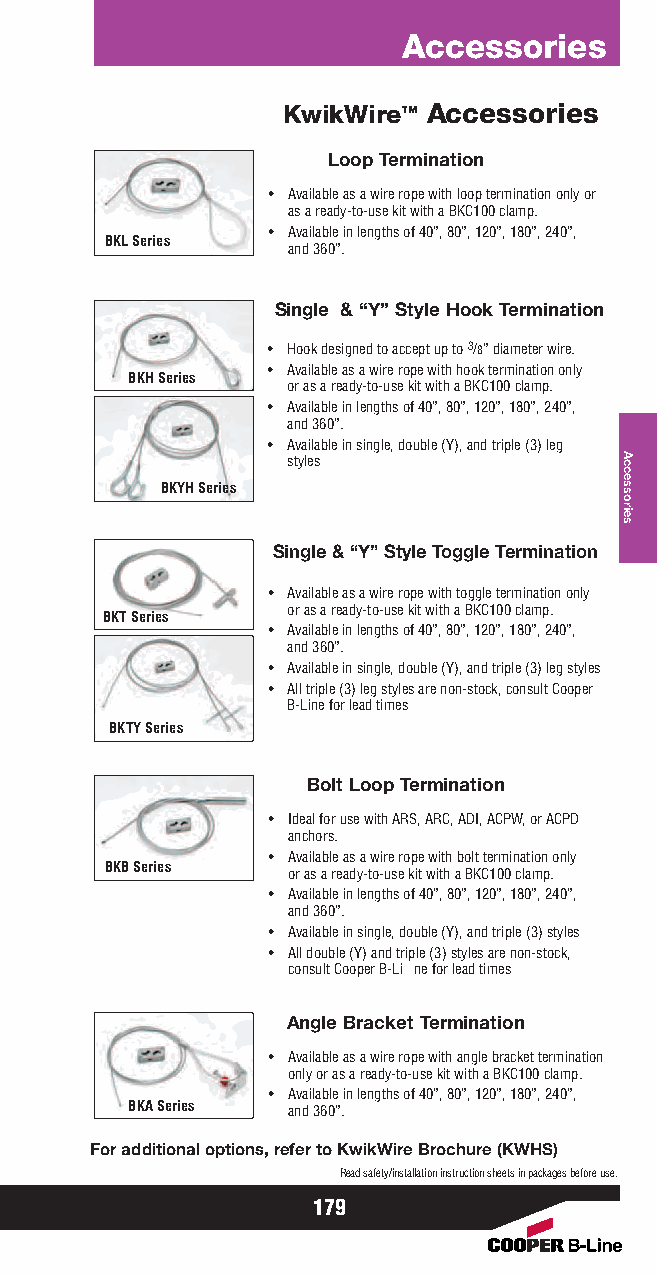
Accessories
 KwikWire™ Accessories
 Loop Termination
 • Available as a wire rope with loop termination only or
 as a ready-to-use kit with a BKC100 clamp.
 • Available in lengths of 40”, 80”, 120”, 180”, 240”,
 BKL Series
 and 360”.
 Single & “Y” Style Hook Termination
 • Hook designed to accept up to 3/8” diameter wire.
 • Available as a wire rope with hook termination only
 BKH Series
 or as a ready-to-use kit with a BKC100 clamp.
 • Available in lengths of 40”, 80”, 120”, 180”, 240”,
 and 360”.
 • Available in single, double (Y), and triple (3) leg
 styles
 BKYH Series
 Single & “Y”Style Toggle Termination
 • Available as a wire rope with toggle termination only
 or as a ready-to-use kit with a BKC100 clamp.
 BKT Series
 • Available in lengths of 40”, 80”, 120”, 180”, 240”,
 and 360”.
 • Available in single, double (Y), and triple (3) leg styles
 • All triple (3) leg styles are non-stock, consult Cooper
 B-Line for lead times
 BKTY Series
 Bolt Loop Termination
 • Ideal for use with ARS, ARC, ADI, ACPW, or ACPD
 anchors.
 • Available as a wire rope with bolt termination only
 BKB Series
 or as a ready-to-use kit with a BKC100 clamp.
 • Available in lengths of 40”, 80”, 120”, 180”, 240”,
 and 360”.
 • Available in single, double (Y), and triple (3) styles
 • All double (Y) and triple (3) styles are non-stock,
 consult Cooper B-Li ne for lead times
 Angle Bracket Termination
 • Available as a wire rope with angle bracket termination
 only or as a ready-to-use kit with a BKC100 clamp.
 • Available in lengths of 40”, 80”, 120”, 180”, 240”,
 BKA Series and 360”.
 For additional options, refer to KwikWire Brochure (KWHS)
 Read safety/installation instruction sheets in packages before use.
 179
 Accessories